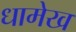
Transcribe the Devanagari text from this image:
धामेख